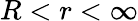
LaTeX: R<r<\infty